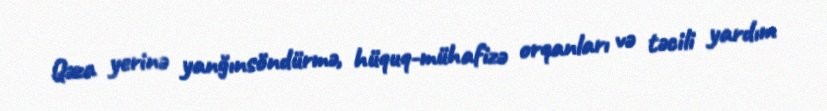
Qəza yerinə yanğınsöndürmə, hüquq-mühafizə orqanları və təcili yardım